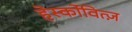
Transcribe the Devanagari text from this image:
हेर्स्कोवित्ज़